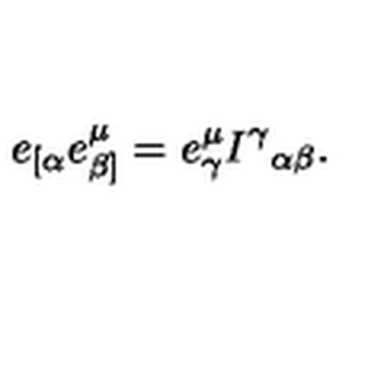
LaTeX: e _ { [ \alpha } e _ { \beta ] } ^ { \mu } = e _ { \gamma } ^ { \mu } I ^ { \gamma } { } _ { \alpha \beta } .